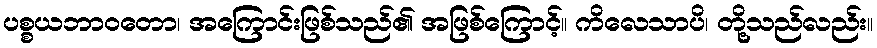
ပစ္စယဘာဝတော၊ အကြောင်းဖြစ်သည်၏ အဖြစ်ကြောင့်။ ကိလေသာပိ၊ တို့သည်လည်း။